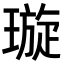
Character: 璇